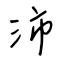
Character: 沛